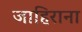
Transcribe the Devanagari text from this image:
जाहिराना